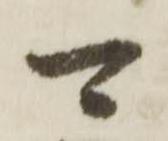
可